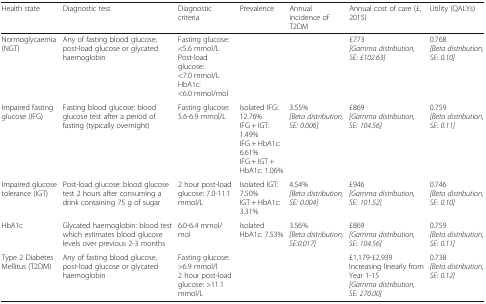
<table><thead><tr><td><b>Health state</b></td><td><b>Diagnostic test</b></td><td><b>Diagnostic criteria</b></td><td><b>Prevalence</b></td><td><b>Annual incidence of T2DM</b></td><td><b>Annual cost of care (£, 2015)</b></td><td><b>Utility (QALYs)</b></td></tr></thead><tbody><tr><td>Normoglycaemia (NGT)</td><td>Any of fasting blood glucose, post-load glucose or glycatedhaemoglobin</td><td>Fasting glucose: &lt;5.6 mmol/LPost-load glucose: &lt;7.0 mmol/LHbA1c: &lt;6.0 mmol/mol</td><td></td><td></td><td>£773<i>[Gamma distribution, SE: £102.63]</i></td><td>0.768<i>[Beta distribution, SE: 0.10]</i></td></tr><tr><td>Impaired fasting glucose (IFG)</td><td>Fasting blood glucose: blood glucose test after a period offasting (typically overnight)</td><td>Fasting glucose: 5.6-6.9 mmol/L</td><td>Isolated IFG: 12.76%IFG + IGT: 1.49%IFG + HbA1c: 6.61%IFG + IGT + HbA1c: 1.06%</td><td>3.55%<i>[Beta distribution, SE: 0.006]</i></td><td>£869<i>[Gamma distribution, SE: 104.56]</i></td><td>0.759<i>[Beta distribution, SE: 0.11]</i></td></tr><tr><td>Impaired glucose tolerance (IGT)</td><td>Post-load glucose: blood glucose test 2 hours afterconsuming a drink containing 75 g of sugar</td><td>2 hour post-load glucose: 7.0-11.1 mmol/L</td><td>Isolated IGT: 7.50%IGT + HbA1c: 3.31%</td><td>4.54%<i>[Beta distribution, SE: 0.004]</i></td><td>£946<i>[Gamma distribution, SE: 101.52]</i></td><td>0.746<i>[Beta distribution, SE: 0.10]</i></td></tr><tr><td>HbA1c</td><td>Glycated haemoglobin: blood test which estimates bloodglucose levels over previous 2-3 months</td><td>6.0-6.4 mmol/mol</td><td>Isolated HbA1c: 7.53%</td><td>3.56%<i>[Beta distribution, SE:0.017]</i></td><td>£869<i>[Gamma distribution, SE: 104.56]</i></td><td>0.759<i>[Beta distribution, SE: 0.11]</i></td></tr><tr><td>Type 2 Diabetes Mellitus (T2DM)</td><td>Any of fasting blood glucose, post-load glucose or glycatedhaemoglobin</td><td>Fasting glucose: &gt;6.9 mmol/l2 hour post-load glucose: &gt;11.1 mmol/L</td><td></td><td></td><td>£1,179-£2,939Increasing linearly from Year 1-15<i>[Gamma distribution, SE: 270.00]</i></td><td>0.738<i>[Beta distribution, SE: 0.12]</i></td></tr></tbody></table>